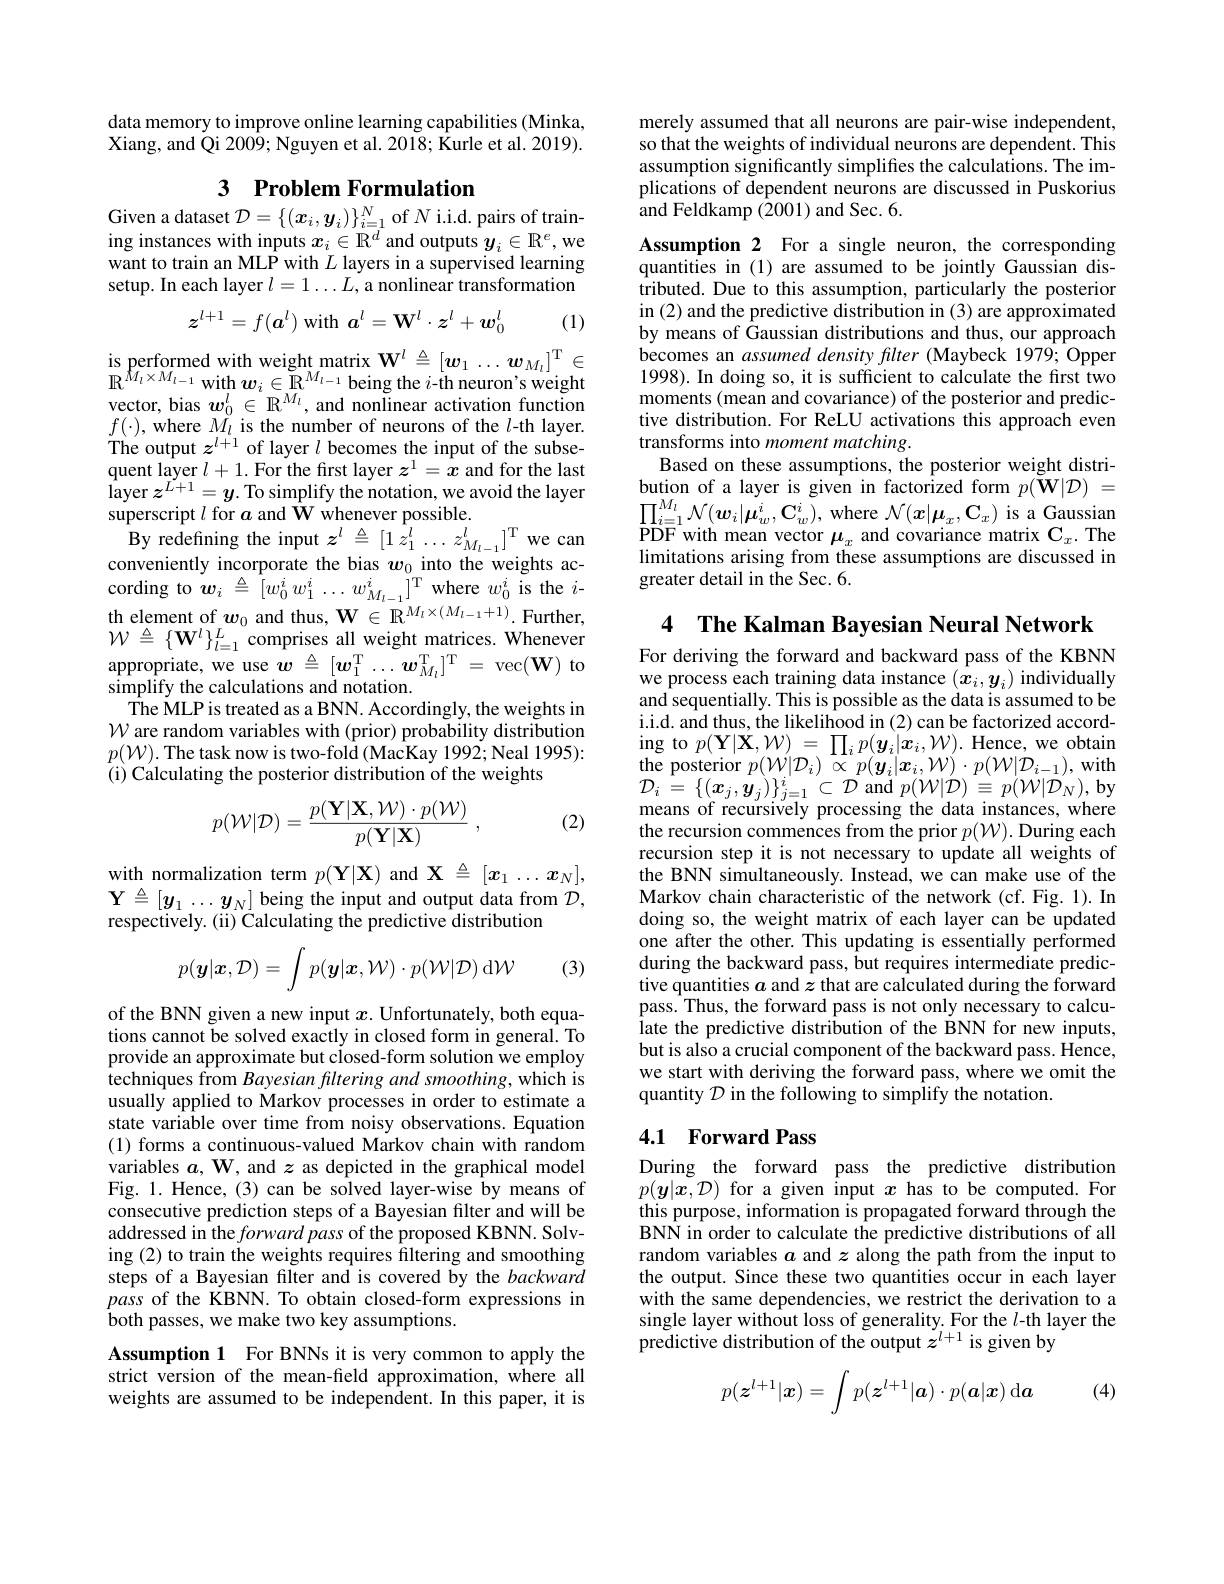
data memory to improve online learning capabilities (Minka, Xiang, and Qi 2009; Nguyen et al. 2018; Kurle et al. 2019).

# 3 Problem Formulation

$\begin{array}{l}\text{Given a dataset }\mathcal{D}=\{(\boldsymbol{x}_{i},\boldsymbol{y}_{i})\}_{i=1}^{N}\mathrm{~of~}N\mathrm{~i.i.d.~pairs~of~train-}\\\text{ing instances with inputs }\boldsymbol{x}_{i}\in\mathbb{R}^{d}\mathrm{~and~outputs~}\boldsymbol{y}_{i}\in\mathbb{R}^{e},\mathrm{~we}\end{array}$ want to train an MLP with $L$ layers in a supervised learning setup. In each layer $l=1\ldots L$, a nonlinear transformation
$$z^{l+1}=f(\boldsymbol{a}^l)\mathrm{~with~}\boldsymbol{a}^l=\mathbf{W}^l\cdot\boldsymbol{z}^l+\boldsymbol{w}_0^l$$
(1)

$\begin{array}{l}\mathrm{is~performed~with~weight~matrix~W}^{l}\triangleq[w_{1}\ldots w_{M_{l}}]^{\mathrm{T}}\in\\\mathbb{R}^{M_{l}\times M_{l-1}}\mathrm{with~}\boldsymbol{w}_{i}\in\mathbb{R}^{M_{l-1}}\mathrm{~being~the~}i\text{-th neuron's weight}\\\mathrm{vector,~bias~}\boldsymbol{w}_{0}^{l}\in\mathbb{R}^{M_{l}},\mathrm{~and~nonlinear~activation~function}\end{array}$ $f(\cdot)$, where $M_l$ is the number of neurons of the $l$-th layer. The output $z^l+1$ of layer $l$ becomes the input of the subsequent layer $l+1.$ For the first layer $z^1=x$ and for the last $\hat{\text{layer }z^{\dot{L+1}}}=y.$ To simplify the notation, we avoid the layer superscript $l$ for $a$ and $\hat{\mathbf{W}}$ whenever possible.
By redefining the input $z^l\triangleq[1z_{1}^{l}\ldots z_{M_{l-1}}^{l}]^{\mathrm{T}}$ we can $\begin{array}{l}\text{conveniently incorporate the bias}&{\boldsymbol{w}_{0}\text{ into the weights ac-}}\\\text{cording to }\boldsymbol{w}_{i}&\overset{\triangleq}{\operatorname*{=}}\left[w_{0}^{i}w_{1}^{i}\ldots w_{M_{l-1}}^{i}\right]^{\mathrm{T}}\text{where }w_{0}^{i}\text{ is the }i-\end{array}$ th element of $\boldsymbol w_{0}$ and thus, $\mathbf{W}\in\mathbb{R}^{M_{l}\times(M_{l-1}+1)}.$Further, $\mathcal{W}\triangleq\{\mathbf{W}^l\}_{l=1}^L$ comprises all weight matrices. Whenever appropriate, we use $\hat{\boldsymbol{w}} \triangleq [ \boldsymbol{w}_{1}^{\mathrm{T} }\ldots \boldsymbol{w}_{M_{l}}^{\mathrm{T} }] ^{\mathrm{T} }=$vec$(\mathbf{W})$ to simplify the calculations and notation.
The MLP is treated as a BNN. Accordingly, the weights in $\mathcal{W}$ are random variables with (prior) probability distribution $p(\mathcal{W}).$ The task now is two-fold (MacKay 1992; Neal 1995): (i) Calculating the posterior distribution of the weights

(2)
$$p(\mathcal{W}|\mathcal{D})=\frac{p(\mathbf{Y}|\mathbf{X},\mathcal{W})\cdot p(\mathcal{W})}{p(\mathbf{Y}|\mathbf{X})}\:,$$
$\begin{array}{l}\mathrm{with~normalization~term~}p(\mathbf{Y}|\mathbf{X})\mathrm{~and~X~\triangleq~[x_1~\ldots~x_N],}\\\mathbf{Y}\triangleq[\boldsymbol{y}_1\ldots\boldsymbol{y}_N]\text{ being the input and output data from }\mathcal{D},\\\mathrm{respectively.~(ii)~Calculating~the~predictive~distribution}\end{array}$
$$p(\boldsymbol{y}|\boldsymbol{x},\mathcal{D})=\int p(\boldsymbol{y}|\boldsymbol{x},\mathcal{W})\cdot p(\mathcal{W}|\mathcal{D})\:\mathrm{d}\mathcal{W}$$
(3)

of the BNN given a new input $x.$ Unfortunately, both equations cannot be solved exactly in closed form in general. To provide an approximate but closed-form solution we employ techniques from Bayesian filtering and smoothing, which is usually applied to Markov processes in order to estimate a state variable over time from noisy observations. Equation (1) forms a continuous-valued Markov chain with random variables $a$, W, and $z$ as depicted in the graphical model Fig. 1. Hence, (3) can be solved layer-wise by means of consecutive prediction steps of a Bayesian filter and will be addressed in the forward pass of the proposed KBNN. Solving (2) to train the weights requires filtering and smoothing steps of a Bayesian filter and is covered by the backward pass of the KBNN. To obtain closed-form expressions in both passes, we make two key assumptions.

Assumption 1 For BNNs it is very common to apply the strict version of the mean-field approximation, where all weights are assumed to be independent. In this paper, it is

merely assumed that all neurons are pair-wise independent, so that the weights of individual neurons are dependent. This assumption significantly simplifies the calculations. The implications of dependent neurons are discussed in Puskorius and Feldkamp (2001) and Sec. 6.

Assumption 2 For a single neuron, the corresponding quantities in (1) are assumed to be jointly Gaussian distributed. Due to this assumption, particularly the posterior in (2) and the predictive distribution in (3) are approximated by means of Gaussian distributions and thus, our approach becomes an assumed density filter (Maybeck 1979; Opper 1998). In doing so, it is sufficient to calculate the first two moments (mean and covariance) of the posterior and predictive distribution. For ReLU activations this approach even transforms into moment matching.
Based on these assumptions, the posterior weight distri- $\begin{array}{l}\text{bution of a layer is given in factorized form }p(\tilde{\mathbf{W}}|\mathcal{D})=\\\prod_{i=1}^{M_{l}}\mathcal{N}(\boldsymbol{w}_{i}|\boldsymbol{\mu}_{w}^{i},\mathbf{C}_{w}^{i}),\mathrm{~where~}\mathcal{N}(\boldsymbol{x}|\boldsymbol{\mu}_{x},\mathbf{C}_{x})\text{ is a Gaussian}\\\text{PDF with mean vector }\boldsymbol{\mu}_{\mathrm{~and~covariance~matrix~C~The}}\end{array}$ PDF with mean vector $\boldsymbol\mu_x$ and covariance matrix $\mathbf{C}_x.$ The limitations arising from these assumptions are discussed in greater detail in the Sec. 6.

4 The Kalman Bayesian Neural Network

For deriving the forward and backward pass of the KBNN we process each training data instance $(x_i,y_i)$ individually and sequentially. This is possible as the data is assumed to be i.i.d. and thus, the likelihood in (2) can be factorized accord- $\operatorname{ing}$to$p(\mathbf{Y}|\mathbf{X},\mathcal{W})=\prod_{i}p(\boldsymbol{y}_{i}|\boldsymbol{x}_{i},\mathcal{W}).$Hence,we obtain $\begin{array}{l}{\text{the posterior }p(\mathcal{W}|\mathcal{D}_{i})\propto p(\boldsymbol{y}_{i}|\boldsymbol{x}_{i},\mathcal{W})\cdot p(\mathcal{W}|\mathcal{D}_{i-1}),\mathrm{with}}\\{\mathcal{D}_{i}=\{(\boldsymbol{x}_{j},\boldsymbol{y}_{j})\}_{j=1}^{i}\subset\mathcal{D}\mathrm{~and~}p(\mathcal{W}|\mathcal{D})\equiv p(\mathcal{W}|\mathcal{D}_{N}),\mathrm{by}}\\{\text{means of recursively processing the data instances, where}}\end{array}$ the recursion commences from the prior $p(\mathcal{W}).$ During each recursion step it is not necessary to update all weights of the BNN simultaneously. Instead, we can make use of the Markov chain characteristic of the network (cf. Fig. 1).In doing so, the weight matrix of each layer can be updated one after the other. This updating is essentially performed during the backward pass, but requires intermediate predictive quantities $a$ and $z$ that are calculated during the forward pass. Thus, the forward pass is not only necessary to calculate the predictive distribution of the BNN for new inputs, but is also a crucial component of the backward pass. Hence, we start with deriving the forward pass, where we omit the quantity $\mathcal{D}$ in the following to simplify the notation.

## 4.1 Forward Pass

During the forward pass the predictive distribution $p(\boldsymbol{y}|\boldsymbol{x},\mathcal{D})$ for a given input $x$ has to be computed. For this purpose, information is propagated forward through the BNN in order to calculate the predictive distributions of all random variables $a$ and $z$ along the path from the input to the output. Since these two quantities occur in each layer with the same dependencies, we restrict the derivation to a single layer without loss of generality. For the $l$-th layer the predictive distribution of the output $z^l+1$ is given by
$$p(\boldsymbol z^{l+1}|\boldsymbol x)=\int p(\boldsymbol z^{l+1}|\boldsymbol a)\cdot p(\boldsymbol a|\boldsymbol x)\:\mathrm{d}\boldsymbol a$$
(4)